Vana-Kasaritsa_(Kasaritsa)_vallavalitsus, lk 11
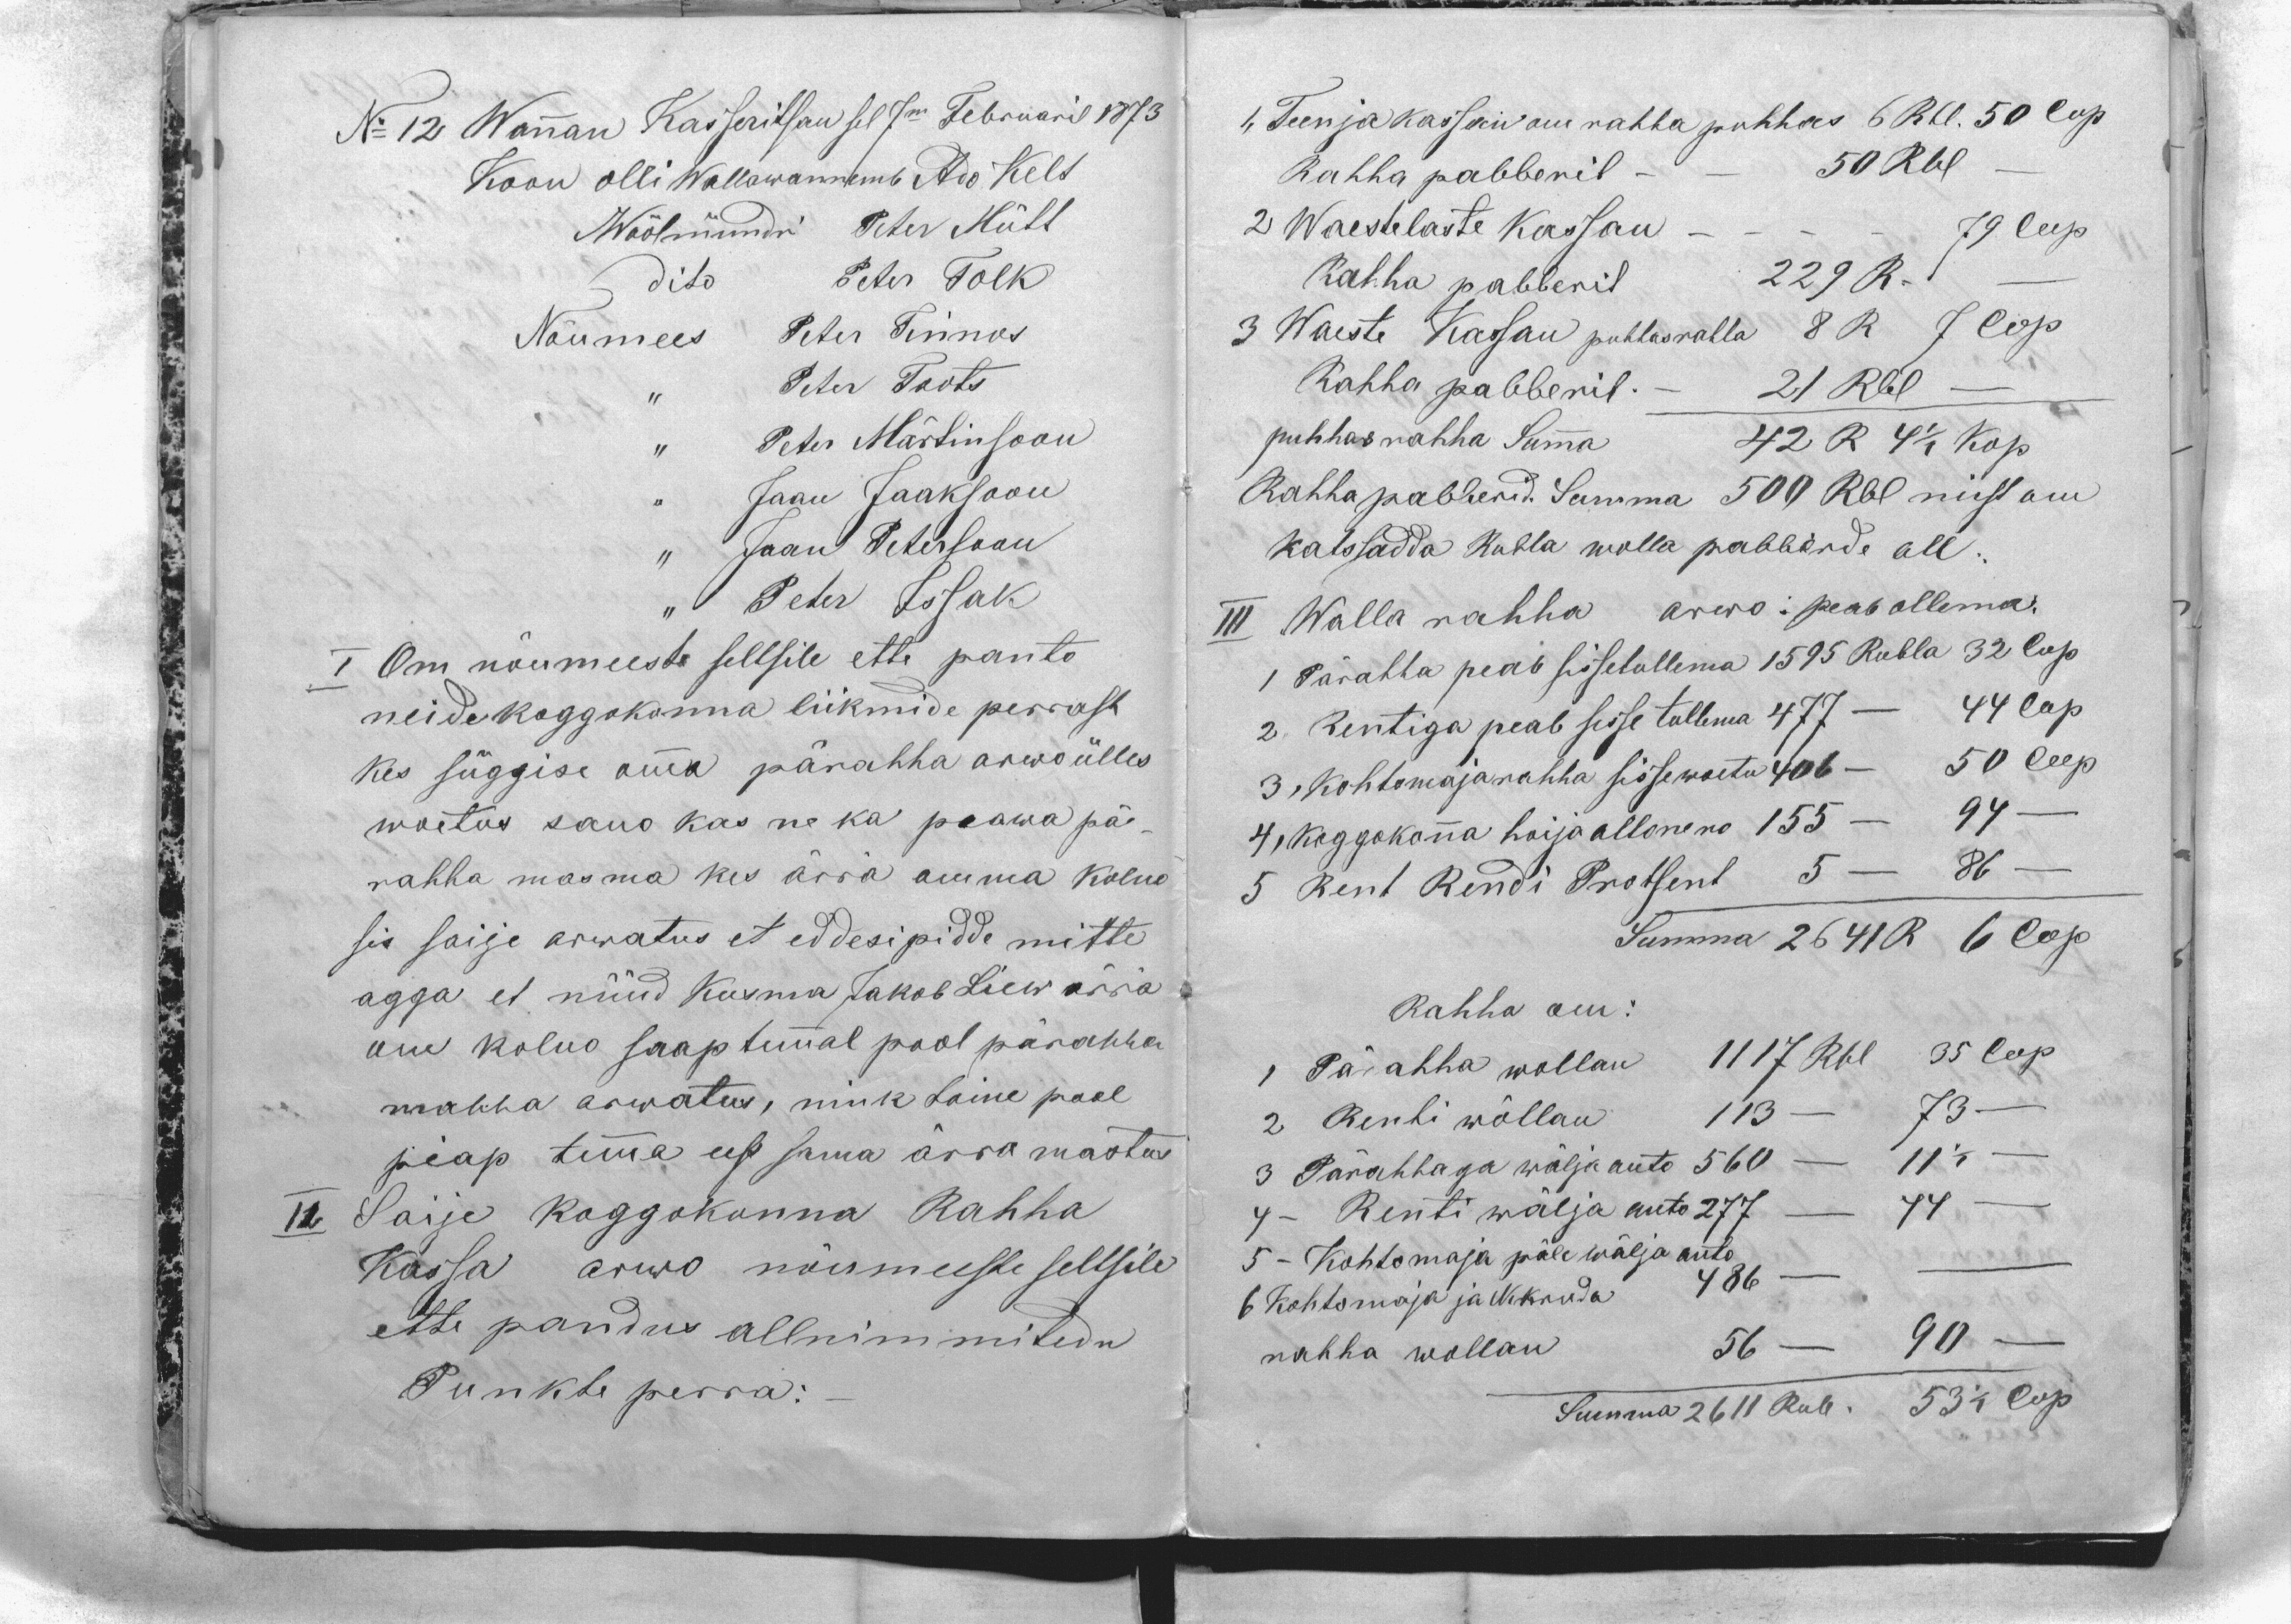
No 12 Wannan Kasseritsan sel 7m Februaril 1873
Koon olli Wallawannemb Ado Kelt
Wöölmündri Peter Mütt
dito Peter Tolk
Nõumees Peter Tinnos
,, Peter Toots
,, Peter Märtinsoon
,, Jaan Jaaksoon
,, Jaan Petersoon
,, Peter Issak
I Om nõumeeste seltsile ette panto
neide koggokonna liikmide perrast
kes süggise omma pärahha arwo ülles
woetus sano kas ne ka peawa pä-
rahha masma kes ärra omma kolno
sis saije arwatus et eddesipidde mitte
agga et nüüd Kusma Jakob Liew ärra
om kolno saap temmal pool pärahha
mahha arwatus, nink toine pool
peap temma eest sama ärra mastus
II Saije koggokonna Rahha
kassa arwo nõumeeste seltsile
ette pandus allnimmitedu
Punkti perra:

1, Teenja kassan om rahha puhhas 6 Rbl. 50 Cop
Rahha pabberil - - 50 Rbl -
2 Waestelaste kassan - - - - 79 Cop
Rahha pabberil 229 R. -
3 Waeste Kassan puhhasrahha 8 R 7 Cop
Rahha pabberil. - 21 Rbl. -
puhhas rahha Summa 42 R 4 1/2 Kop
Rahha pabberid. Summa 500 Rbl neist om
katssada Rubla walla pabberde all.
III Walla rahha arwo: peab ollema:
1 Pärahha peab sissetullema 1595 Rubla 32 Cop
2 Rentiga peab sisse tullema 477 - 44 Cop
3, Kohtomajarahha sissewoetu 406 - 50 Cop
4, Koggokonna hoija allone no 155 - 94 -
5 Rent Rendi Protsent 5 - 86 -
Summa 2641 R 6 Cop.
Rahha om:
1 Pärahha wollan 1117 Rbl 35 Cop
2 Renti wõllan 113 - 73 -
3 Pärahhaga wälja anto 560 - 11 1/2 -
4 - Renti wälja anto 277 - 44 -
5 - Kohtomaja päle wälja anto
6 Kohtomaja ja Nekruda 486 - -
rahha wollan 56 - 90 -
Summa 2611 Rub. 53 1/2 Cop.